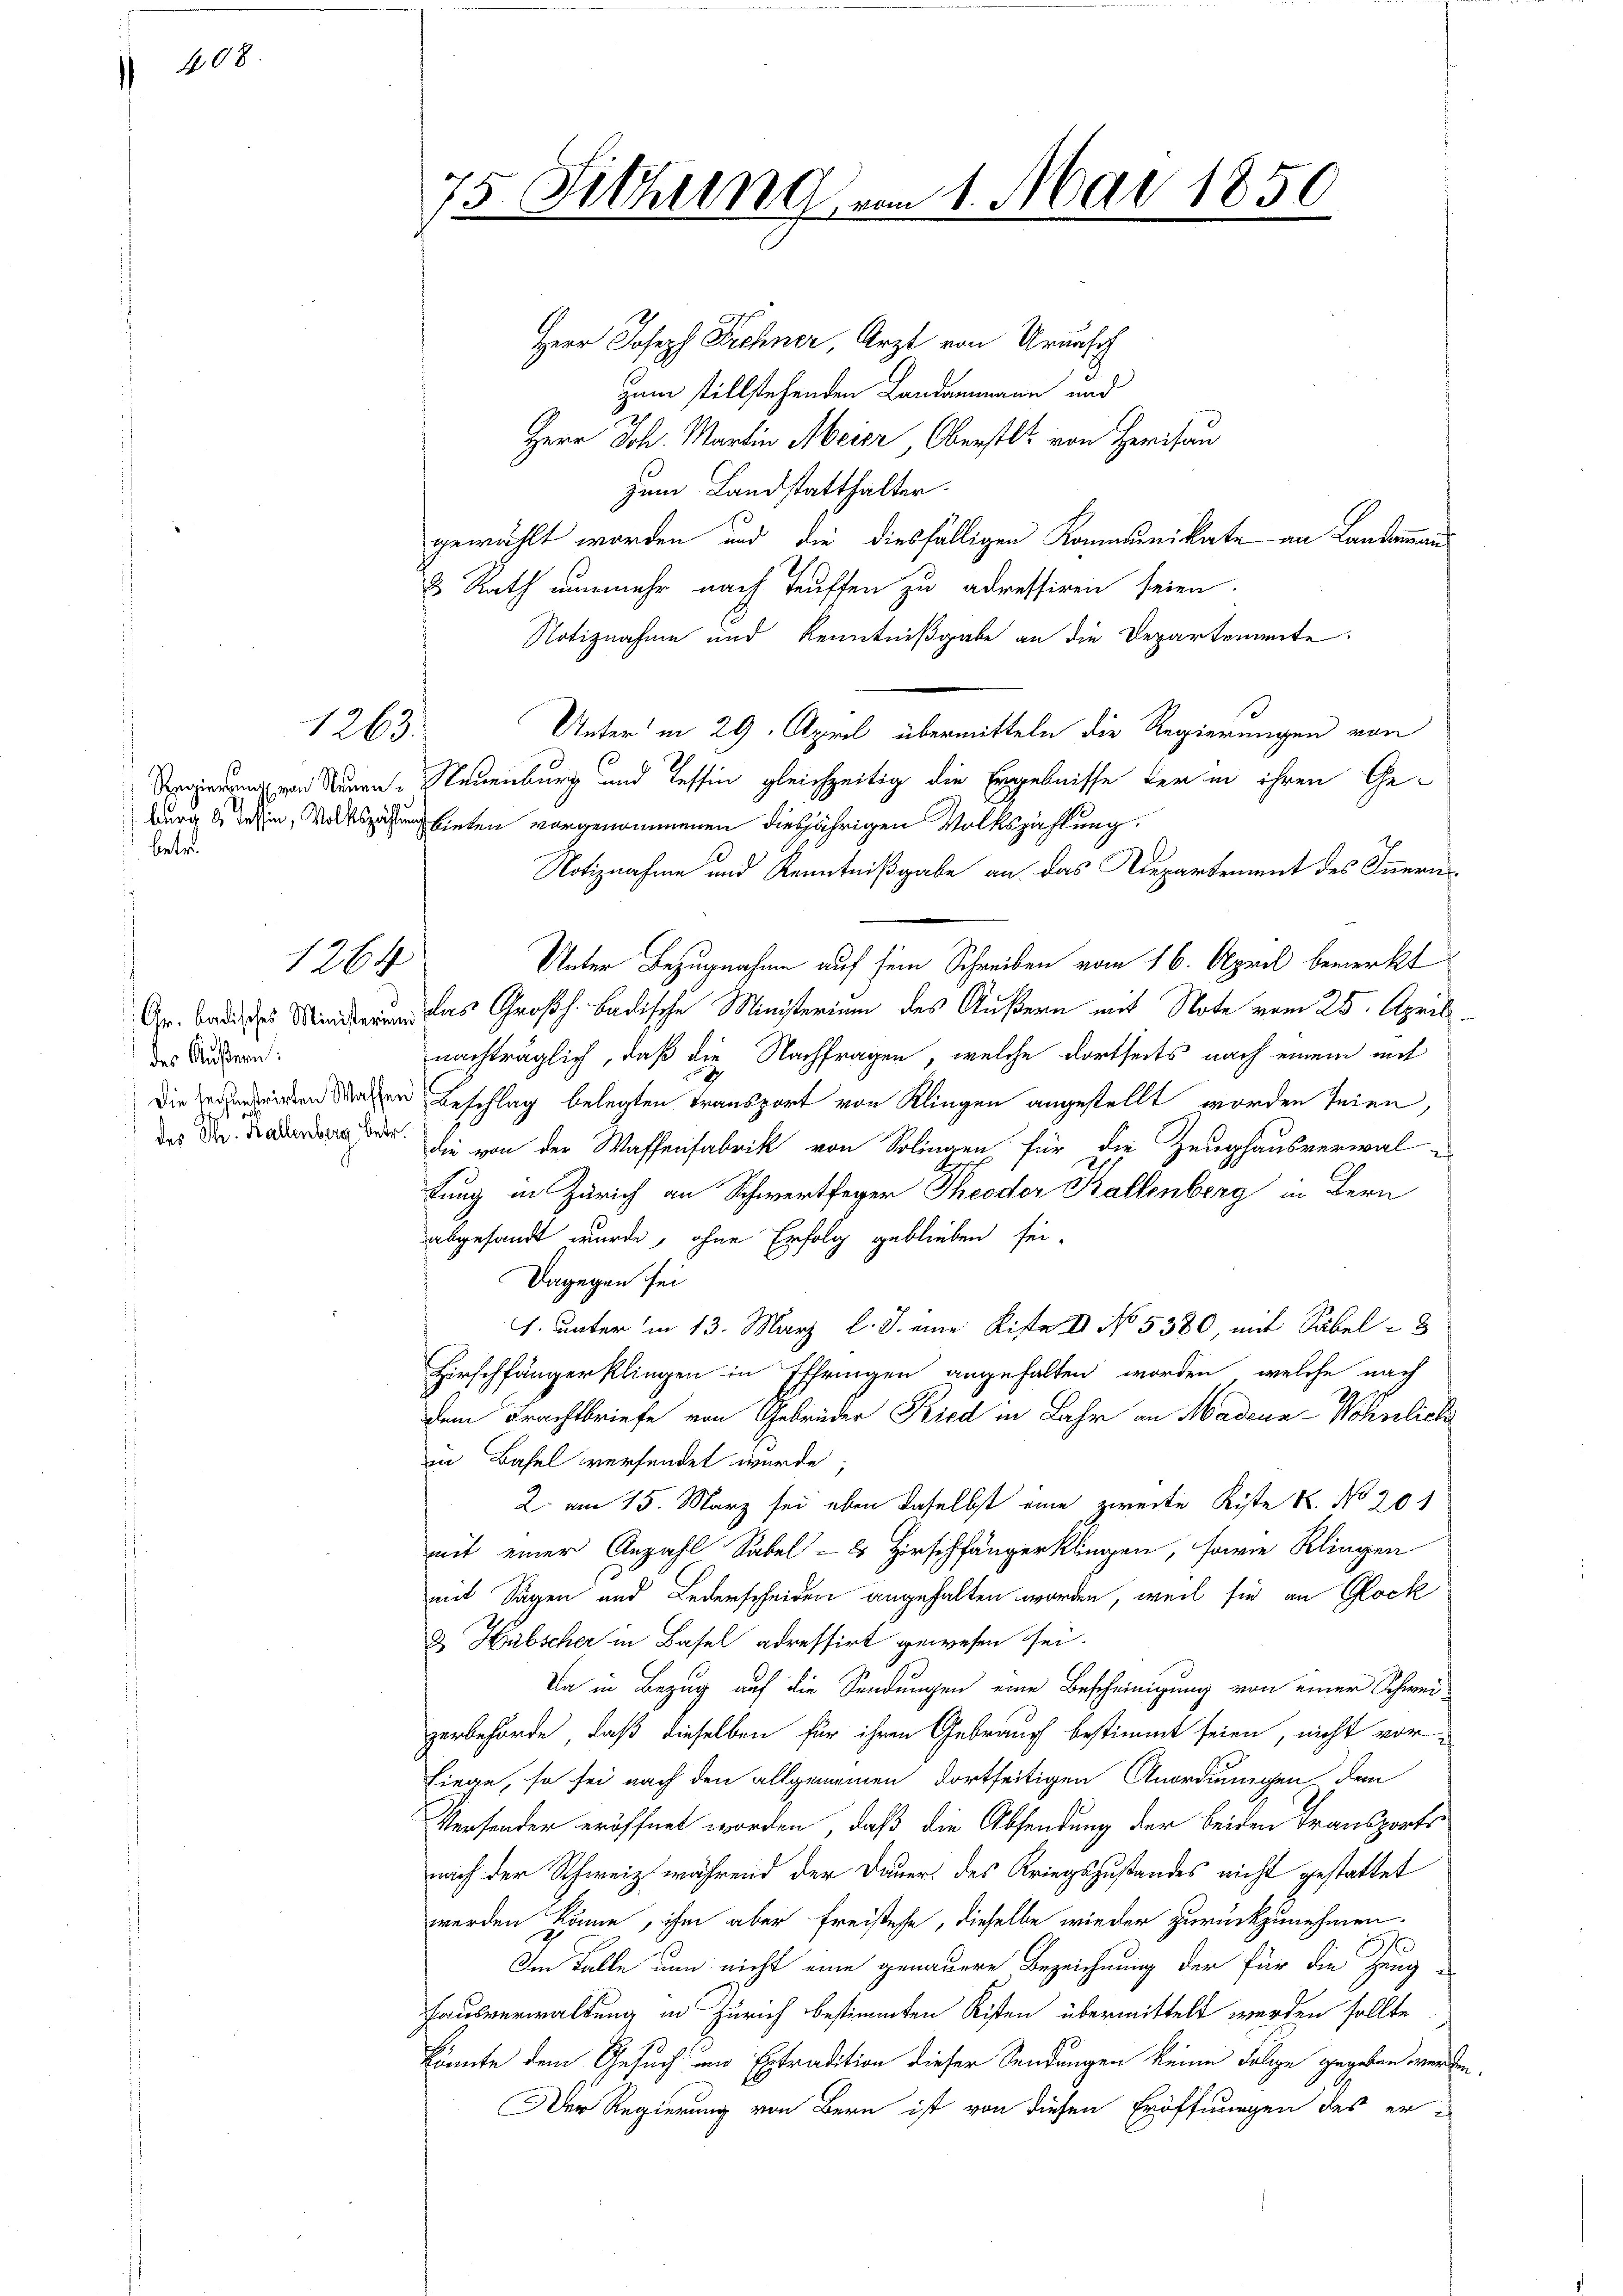
108.

betr.

1263.

des Äußern:

1264

75. Fithurn um 1. Mai 1850

Herr Joseph Schner, Arzt von Urunsch
zum stillstehenden Landammann und
Herr Joh. Martin Meier Oberstl. von Herisau
zum Landstatthalter.
gewählt worden und die diesfälligen Kommunikate an Landammann
8 Rath nunmehr nach Teuffen zu adressiren seien.
Notiznahme und Kenntnißgabe an die Departemente.
Unter in 29. April übermitteln die Regierungen von
Sergierung von Neuen. Neuenburg und Tessin gleichzeitig die Ergebnisse der in ihren Geburg 6 Tessin, Wolfszahlung bieten vorgenommenen diesjährigen Volkszählung
Notiznahme und Kenntnißgabe an das Departement des Innern
Unter Bezugnahme auf sein Schreiben vom 16. April bemerkt
rs Großh. badische Ministerium des Äußern mit Note vom 25. April
nachträglich, daß die Nachfragen, welche dortseits nach einem mit
Die Zeiten Magen Beschlag belegten Transport von Klingen angestellt worden seien,
des der die von der Waffenfabrik von Solingen, für die Zeughausverwaltung in Zürich an Schwertfeger Theodor Kallenberg in Bern
abgesandt wurde, ohne Erfolg geblieben sei.
Dagegen sei
1. unterm 13. März l. J. eine Kiste II No 5380, mit Säbel
Hirschfängerklingen in Effringen angehalten worden, welche nach
dem Frachtbriefe von Gebrüder Kied in Jahr an Madena-Wöhnlich
in Basel verfendet wurde
2. am 15. März sei eben daselbst eine zweite Kiste 6. No 201
mit einer Anzahl Sabel - Hirschfängerklingen, sowie Klingen
mit Sagen und Lederscheiden angehalten worden, weil sie an Rock
& Hübscher in Basel adressirt gewesen sei.
Da in Bezug auf die Sendungen eine Bescheinigung von einer Schweigerbehörde, daß dieselben für ihren Gebrauch bestimmt seien, nicht vor¬
Liege, so sei nach den allgemeinen dortseitigen Anordnungen dem
Versender eröffnet worden, daß die Absendung der beiden Transports
nach der Schweiz während der Dauer des Kriegszustandes nicht gestattet
werden könne, ihm aber Freistehe, dieselbe wieder zurückzunehmen.
Im Falle nun nicht eine genauere Bezeichnung der für die Zeug-
Hausverwaltung in Zürich bestimmten Kisten übermittelt werden sollte
könnte dem Gesuch und Extradition dieser Sendungen keine Folge gegeben werden.
Der Regierung von Bern ist von diesen Eröffnungen des er i